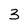
Character: 3